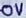
Text: 0V